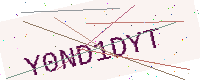
Text: Y0ND1DYT